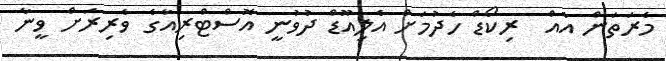
މެރަތަން އެއް  ރިކޯޑް ހެދުމަށް އެލިއޫޑް ދުވުނީ އޮސްޓްރިއާގެ ވެރިރަށް ވީނާ